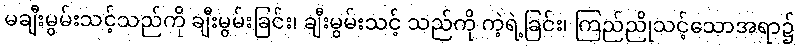
မချီးမွမ်းသင့်သည်ကို ချီးမွမ်းခြင်း၊ ချီးမွမ်းသင့် သည်ကို ကဲ့ရဲ့ခြင်း၊ ကြည်ညိုသင့်သောအရာ၌